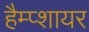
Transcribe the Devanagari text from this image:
हैम्प्शायर